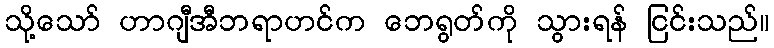
သို့သော် ဟာဂျီအီဘရာဟင်က ဘေရွတ်ကို သွားရန် ငြင်းသည်။